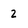
Character: 2